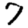
Digit: 7